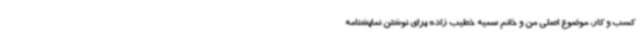
کسب و کار، موضوع اصلی من و خانم سمیه خطیب زاده برای نوشتن نمایشنامه